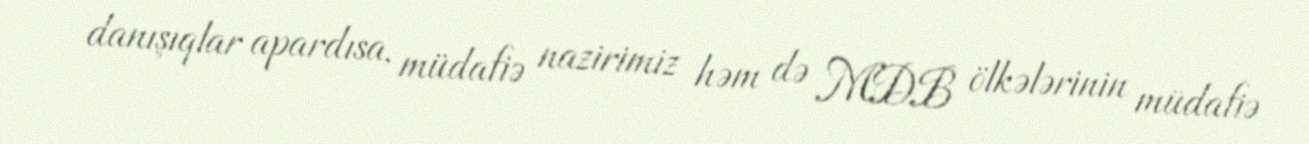
danışıqlar apardısa, müdafiə nazirimiz həm də MDB ölkələrinin müdafiə